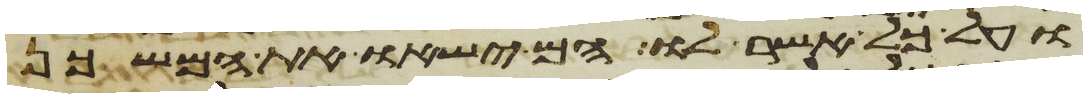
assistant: ועל כל אשר לו הם ישאו את המשכן